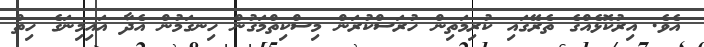
އެވެ. އިރުކޮޅެއްގެ ތެރޭގައި ކުރިމަތިން ހުރަސްކުރަން މިސްކިތްމަގުން ހިނގަމުން އެދާ އައިމިނަގެ ހިތް